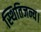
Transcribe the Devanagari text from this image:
स्थितिजन्य।